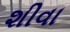
શીવા